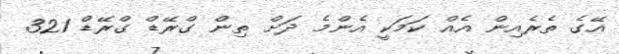
އޭގެ ތެރެއިން އެއް ކަމަކީ އެންމެ ދަށް ތިން ގްރޭޑް ގްރޭޑް 321